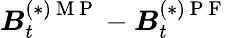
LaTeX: \boldsymbol{B}_{t}^{(*)\mathrm{~M~P~}}-\boldsymbol{B}_{t}^{(*)\mathrm{~P~F~}}